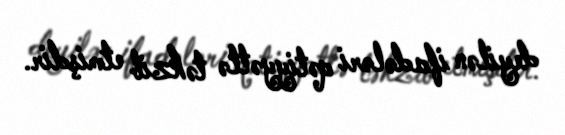
deyilən ifadələri qətiyyətlə təkzib etmişdir.